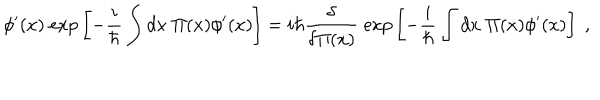
\phi ^ { \prime } ( x ) \; \mathrm { e x p } \left[ - { \frac { i } { \hbar } } \int d x \; \Pi ( x ) \phi ^ { \prime } ( x ) \right] = i \hbar { \frac { \delta } { \delta \Pi ( x ) } } \; \mathrm { e x p } \left[ - { \frac { i } { \hbar } } \int d x \; \Pi ( x ) \phi ^ { \prime } ( x ) \right] \; ,